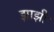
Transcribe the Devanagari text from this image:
झाझी